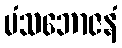
မံသဘောဇနံ